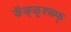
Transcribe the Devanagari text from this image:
ङॅङ्ळृश्ळ्फ्